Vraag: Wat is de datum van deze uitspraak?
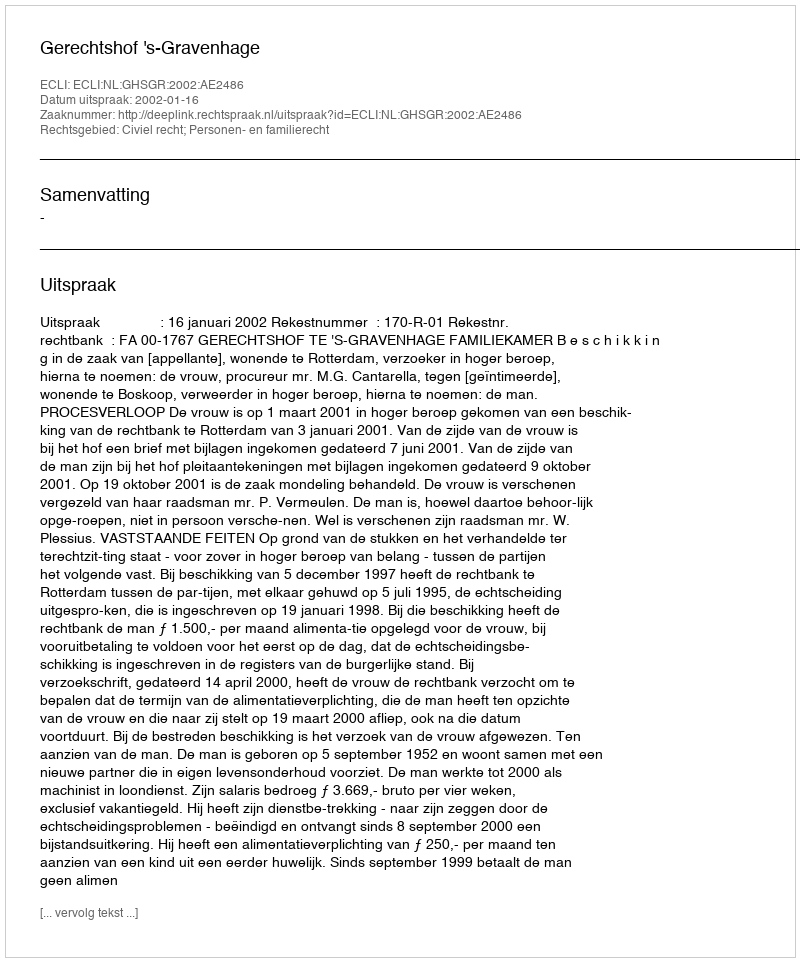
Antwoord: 2002-01-16